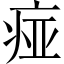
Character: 痖